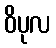
ဝိပုလ